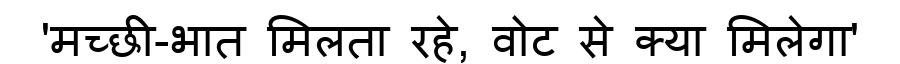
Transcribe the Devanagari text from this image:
'मच्छी-भात मिलता रहे, वोट से क्या मिलेगा'